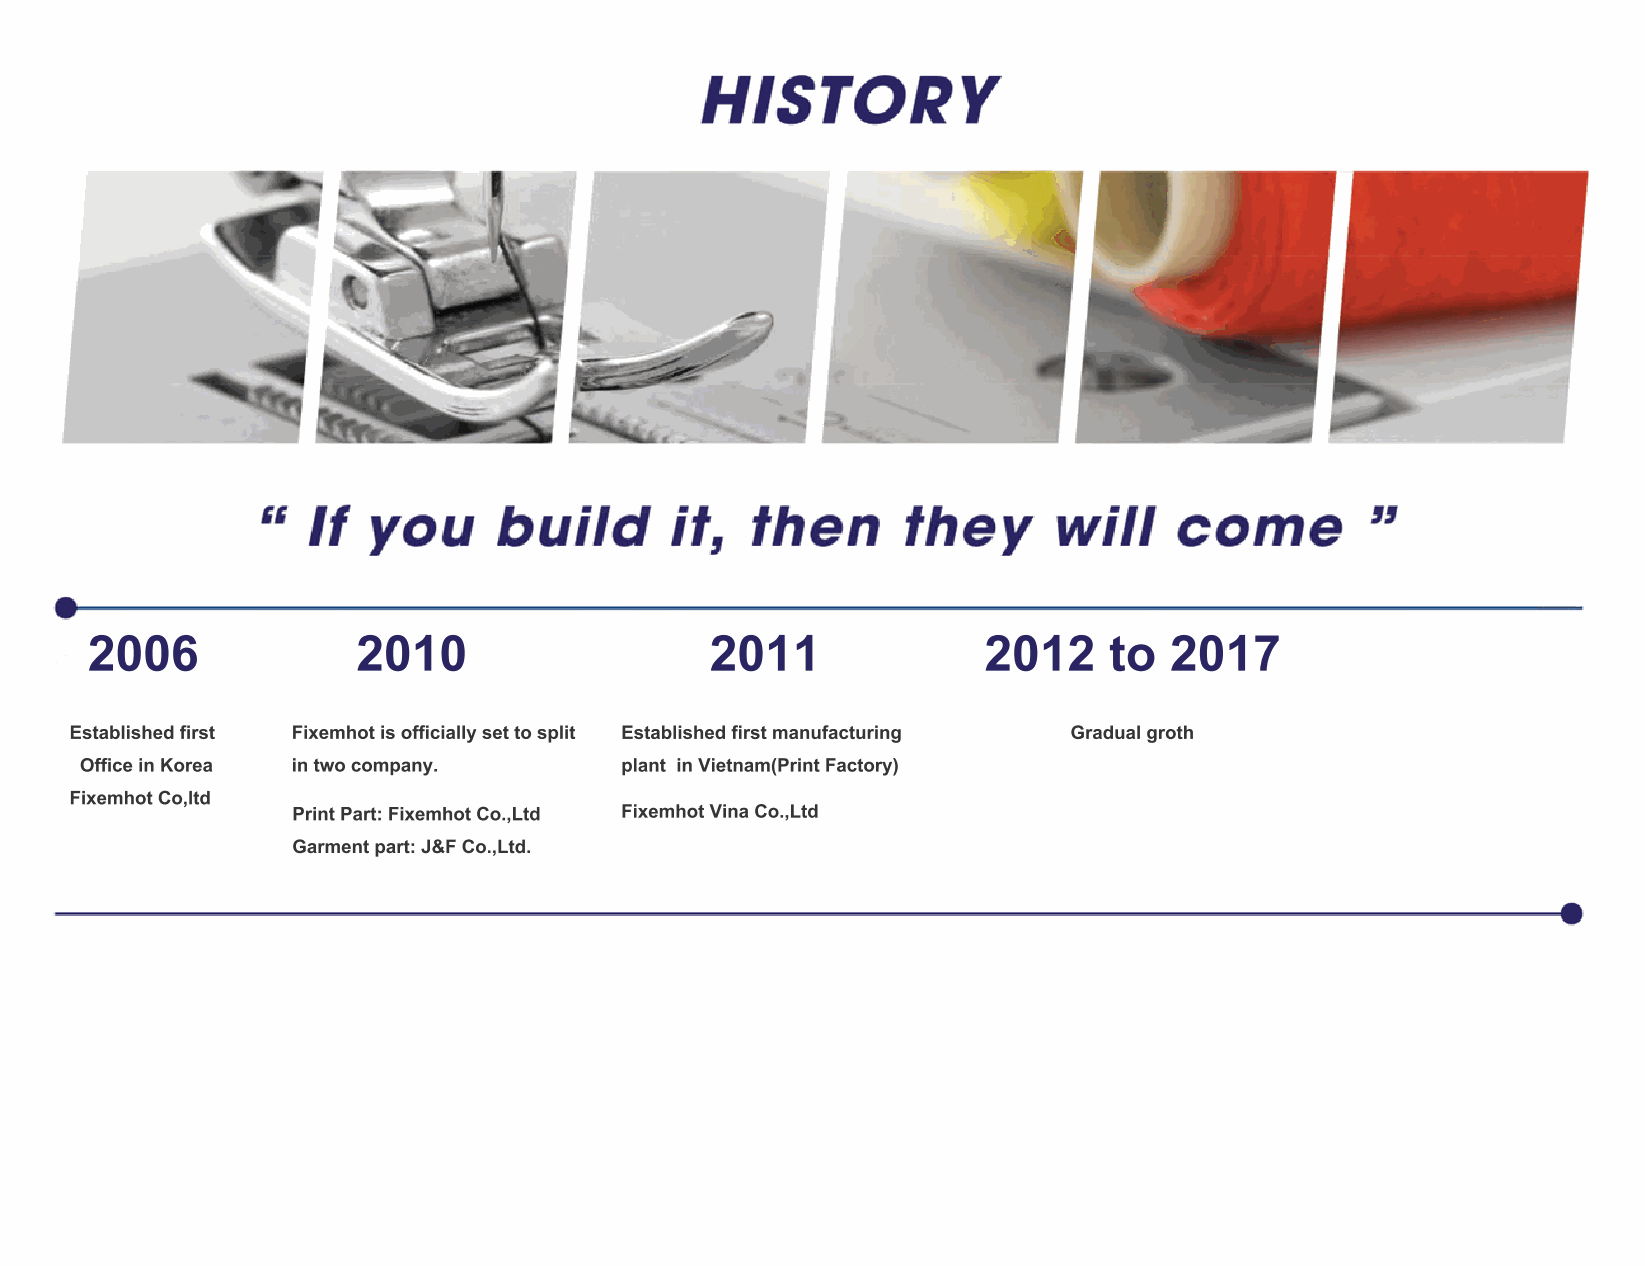
2006              2010                   2011              2012    to  2017
 Established first Fixemhot is officially set to split Established first manufacturing Gradual groth
 Office in Korea in two company.     plant in Vietnam(Print Factory)
 Fixemhot Co,ltd
 Print Part: Fixemhot Co.,Ltd Fixemhot Vina Co.,Ltd
 Garment part: J&F Co.,Ltd.